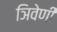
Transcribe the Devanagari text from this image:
ञिवेणी